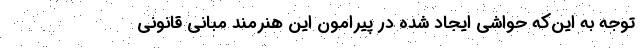
توجه به این‌که حواشی ایجاد شده در پیرامون این هنرمند مبانی قانونی